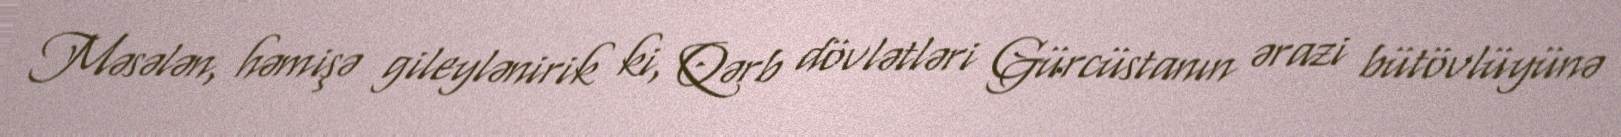
Məsələn, həmişə gileylənirik ki, Qərb dövlətləri Gürcüstanın ərazi bütövlüyünə